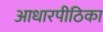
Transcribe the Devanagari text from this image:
आधारपीठिका